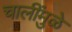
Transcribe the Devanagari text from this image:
चालींमुळे